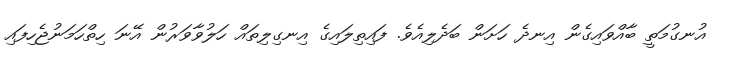
އުނގުމަތީ ބާއްވައިގެން އިނދެ ހަށަން ބަދެލިއެވެ. ފައިތިލައިގެ އިނގިލިތައް ހަލުވާވަރުން އޭނަ ހިތްހަމަނުޖެހިފައި